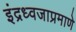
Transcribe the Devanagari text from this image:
इंद्रध्वजाप्रमाणे